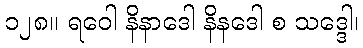
၁၂၈။ ရဝေါ နိနာဒေါ နိနဒေါ စ သဒ္ဒေါ၊